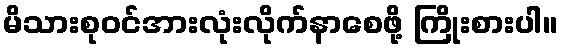
မိသားစုဝင်အားလုံးလိုက်နာစေဖို့ ကြိုးစားပါ။